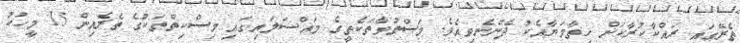
ތެރޭގައި ރައްކާކުރާކަން ހިތާމަޔާއެކު ދެންނެވިއެވެ. މަސްތުވާތަކެތީގެ މައްސަލައިގައި މިސްކިތްތަކުގެ ތެރެއިން 15 މީހަކު